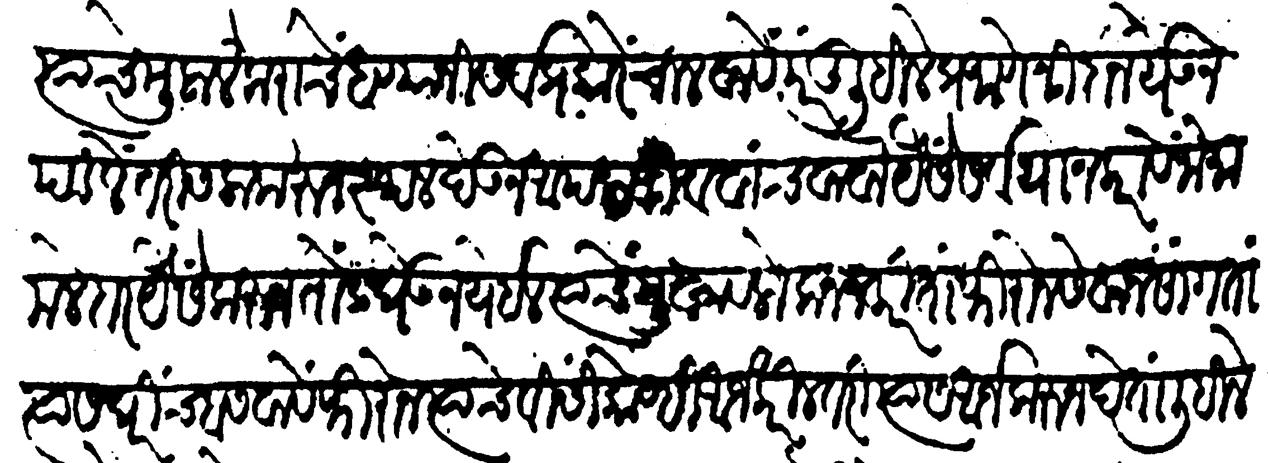
Transliteration (Devanagari): त्याचे मुलालेंकरांचे धण्यांनी सर्व प्रकारें चालवावें परंतु लिहिले प्रमाणे निदान येऊन पडले तरी सला करुन स्थळ देऊन आपला जीव वांचवावा यैसें सर्वथा न करावें जो मामलेदार यैसें करुन तोंड घेऊन येईल त्याचे मुखावलोकन न करिता फिरोन सेवा न सांगता त्यास घरींच बसवावे फिरोन त्याचे विसई कोण्ही अर्ज करील तरी त्यास आर्ज करूं न देतां लिहिले